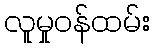
လူမှုဝန်ထမ်း